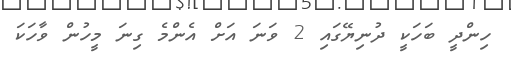
ހިންދީ ބަހަކީ ދުނިޔޭގައި 2 ވަނަ އަށް އެންމެ ގިނަ މީހުން ވާހަކަ